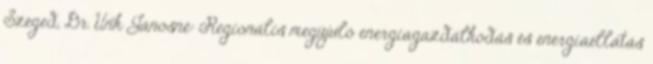
Szeged, Dr. Unk Jánosné: Regionális megújuló energiagazdálkodás és energiaellátás